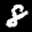
Label: 8